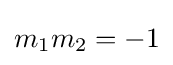
m_{1}m_{2}=-1